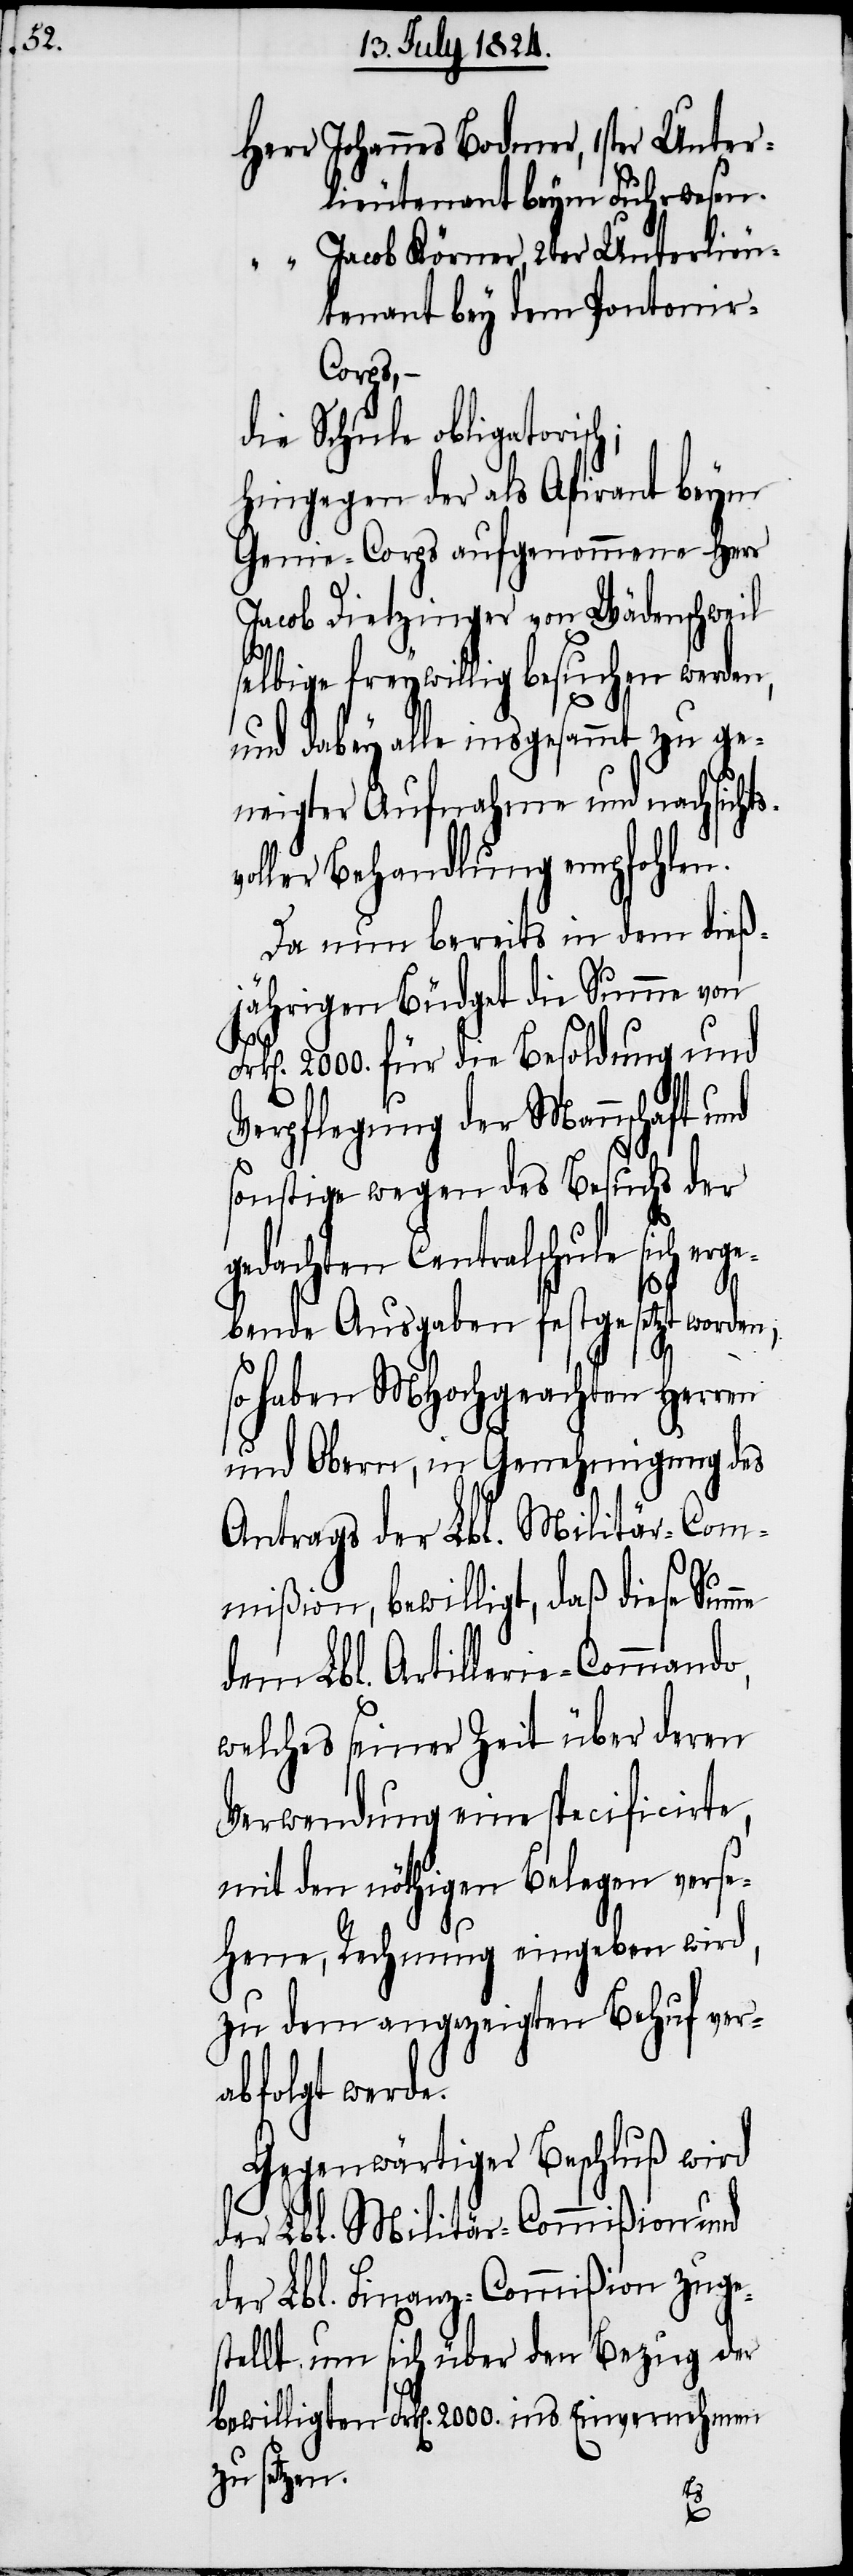
Herr Johannes Bodmer, 1ster Unter¬
lieutenant beym Fuhrwesen.
“ Jacob Körner, 2ter Unterlieu¬
tenant bey dem Pontonie¬
r-Corps, –
die Schule obligatori¬
hingegen der als Aspirant beym
Genie-Corps aufgenommene Herr
Jacob Dietzinger von Wädenschweil
se¬
selbige freywillig besuchen werden,
und dabey alle insgesammt zu ge¬
neigter Aufnahme und nachsicht¬
oller Behandlung empfohlen.
Da nun bereits in dem dieß¬
jährigen Büdget die Summe von
n]. 2000. für die Besoldung und
Verpflegung der Mannschaft und
sonstige wegen des Besuchs der
gedachten Centralschule sich erge¬
tzt worden,
bende Ausgaben festge¬
so haben MHochgeachten Herren
und Obern, in Genehmigung des
Antrags der Lbl. Militär-Com¬
mißion, bewilligt, daß diese Sum¬
dem Lbl. Artillerie-Commando,
welches seiner Zeit über deren
Verwendung eine specificirte,
mit den nöthigen Belegen verse¬
hene, Rechnung eingeben wird,
zu dem angezeigten Behuf ver¬
abfolgt werde.
Gegenwärtiger Beschluß wird
der Lbl. Militär-Commißion und
der Lbl. Finanz-Commißion zuge¬
stellt, um sich über den Bezug der
bewilligten Frk[en]. 2000. ins Einvernehmen
zu setzen.
me